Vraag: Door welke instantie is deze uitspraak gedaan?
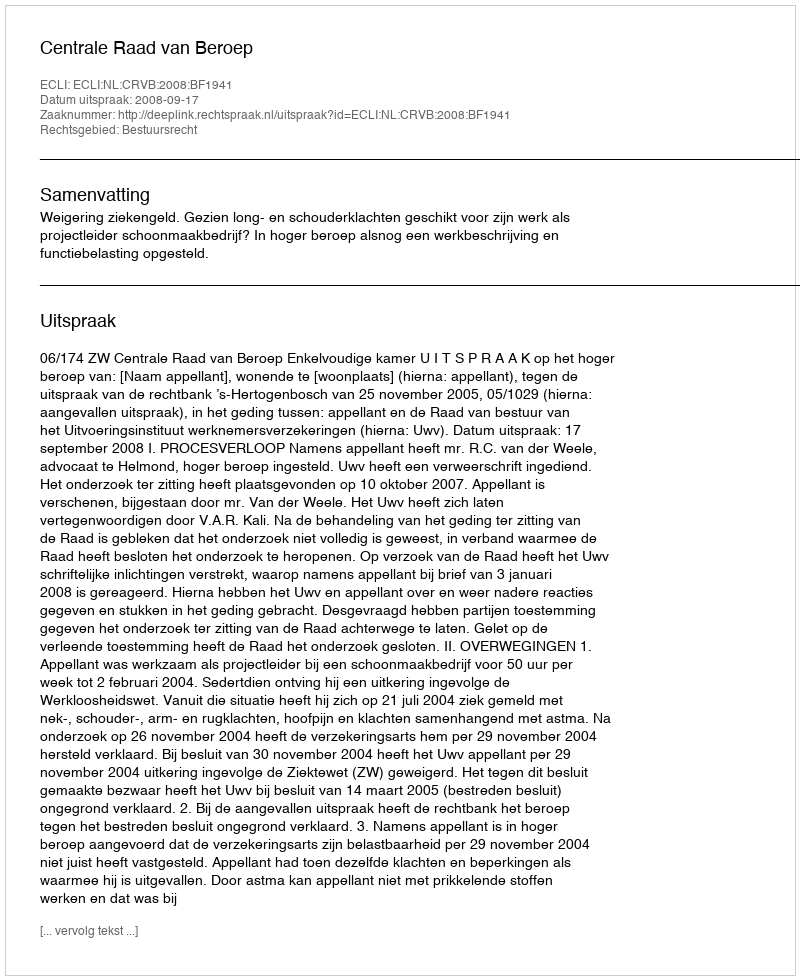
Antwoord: Centrale Raad van Beroep